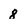
Character: 8